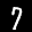
Label: 7